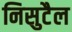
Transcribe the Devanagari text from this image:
निसुटैल